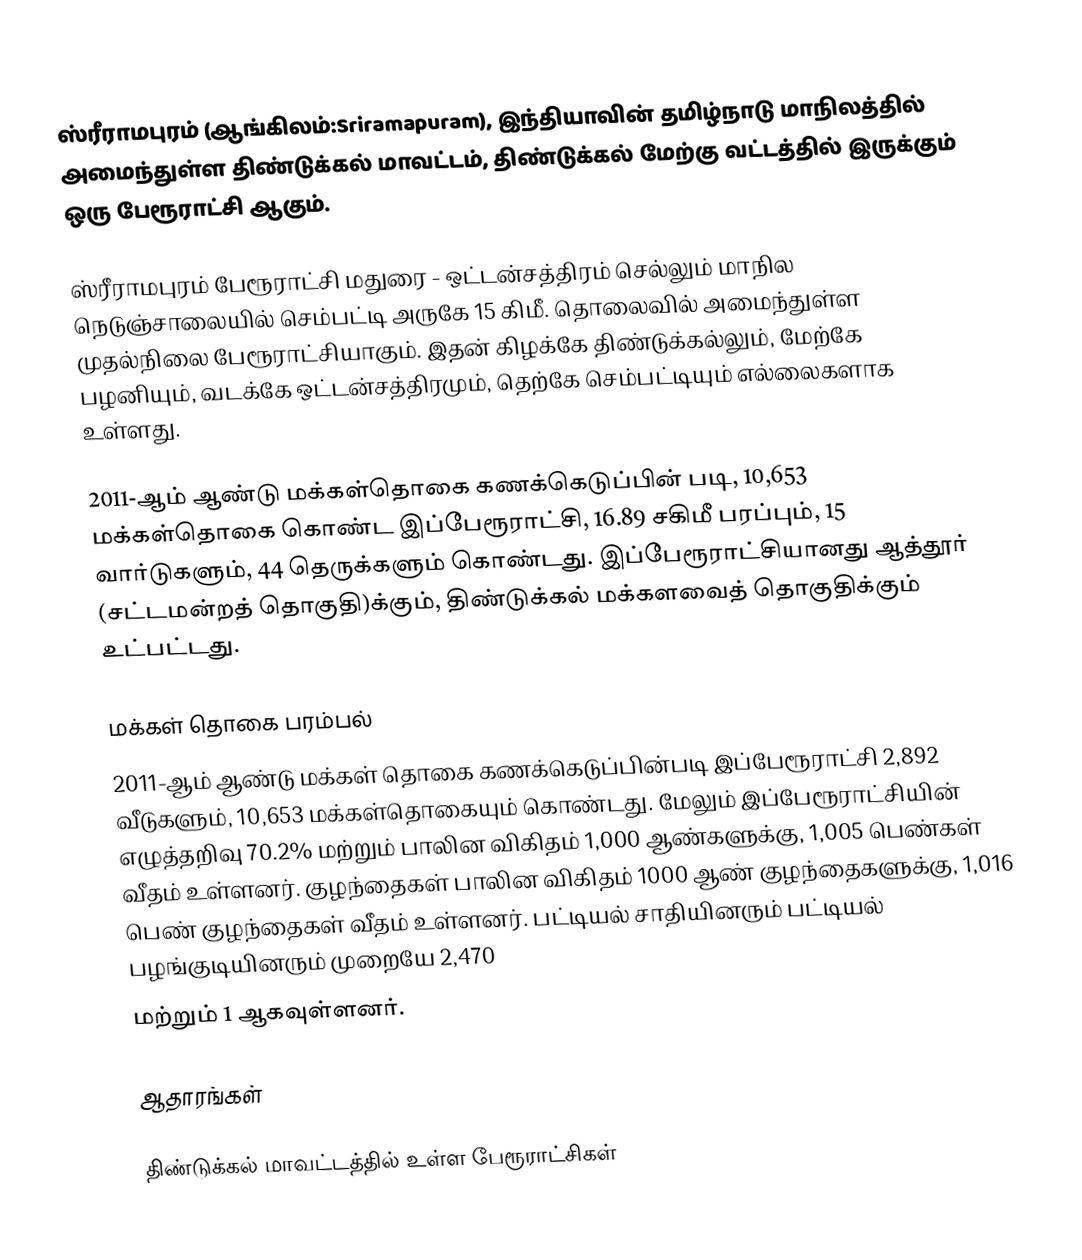
ஸ்ரீராமபுரம் (ஆங்கிலம்:Sriramapuram), இந்தியாவின் தமிழ்நாடு மாநிலத்தில் அமைந்துள்ள திண்டுக்கல் மாவட்டம், திண்டுக்கல் மேற்கு வட்டத்தில் இருக்கும் ஒரு பேரூராட்சி ஆகும்.

ஸ்ரீராமபுரம் பேரூராட்சி மதுரை - ஒட்டன்சத்திரம் செல்லும்  மாநில நெடுஞ்சாலையில் செம்பட்டி அருகே 15 கிமீ. தொலைவில் அமைந்துள்ள முதல்நிலை பேரூராட்சியாகும். இதன் கிழக்கே திண்டுக்கல்லும், மேற்கே பழனியும், வடக்கே ஒட்டன்சத்திரமும், தெற்கே செம்பட்டியும் எல்லைகளாக உள்ளது.

2011-ஆம் ஆண்டு மக்கள்தொகை கணக்கெடுப்பின் படி,  10,653  மக்கள்தொகை கொண்ட இப்பேரூராட்சி, 16.89  சகிமீ பரப்பும்,  15 வார்டுகளும்,  44 தெருக்களும் கொண்டது.  இப்பேரூராட்சியானது ஆத்தூர் (சட்டமன்றத் தொகுதி)க்கும், திண்டுக்கல் மக்களவைத் தொகுதிக்கும் உட்பட்டது.

மக்கள் தொகை பரம்பல்
2011-ஆம் ஆண்டு மக்கள் தொகை கணக்கெடுப்பின்படி   இப்பேரூராட்சி    2,892    வீடுகளும்,   10,653 மக்கள்தொகையும் கொண்டது. மேலும் இப்பேரூராட்சியின் எழுத்தறிவு 70.2% மற்றும் பாலின விகிதம் 1,000 ஆண்களுக்கு, 1,005 பெண்கள் வீதம் உள்ளனர். குழந்தைகள் பாலின விகிதம் 1000 ஆண் குழந்தைகளுக்கு,    1,016   பெண் குழந்தைகள் வீதம் உள்ளனர்.  பட்டியல் சாதியினரும் பட்டியல் பழங்குடியினரும்  முறையே 2,470
மற்றும்  1 ஆகவுள்ளனர்.

ஆதாரங்கள்

திண்டுக்கல் மாவட்டத்தில் உள்ள பேரூராட்சிகள்